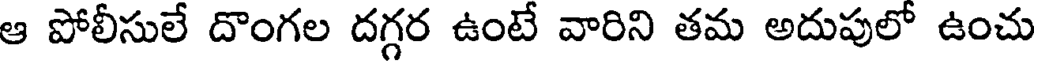
ఆ పోలీసులే దొంగల దగ్గర ఉంటే వారిని తమ అదుపులో ఉంచు